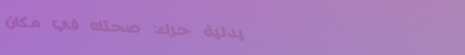
صيدلية حراء: صحتك في مكان